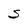
Character: S